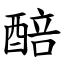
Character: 醅